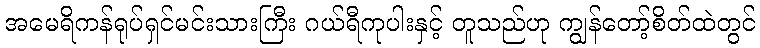
အမေရိကန်ရုပ်ရှင်မင်းသားကြီး ဂယ်ရီကုပါးနှင့် တူသည်ဟု ကျွန်တော့်စိတ်ထဲတွင်